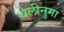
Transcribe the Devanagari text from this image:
थेलीनुमा